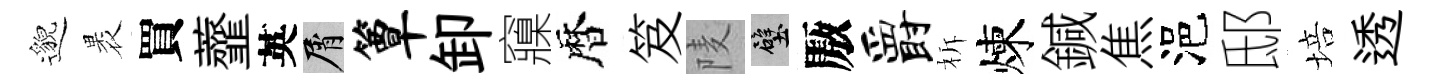
邈褁買虀英屑簟卸䆿暦笈𨹧壁厫爵柝煉鍼焦浥邸培透